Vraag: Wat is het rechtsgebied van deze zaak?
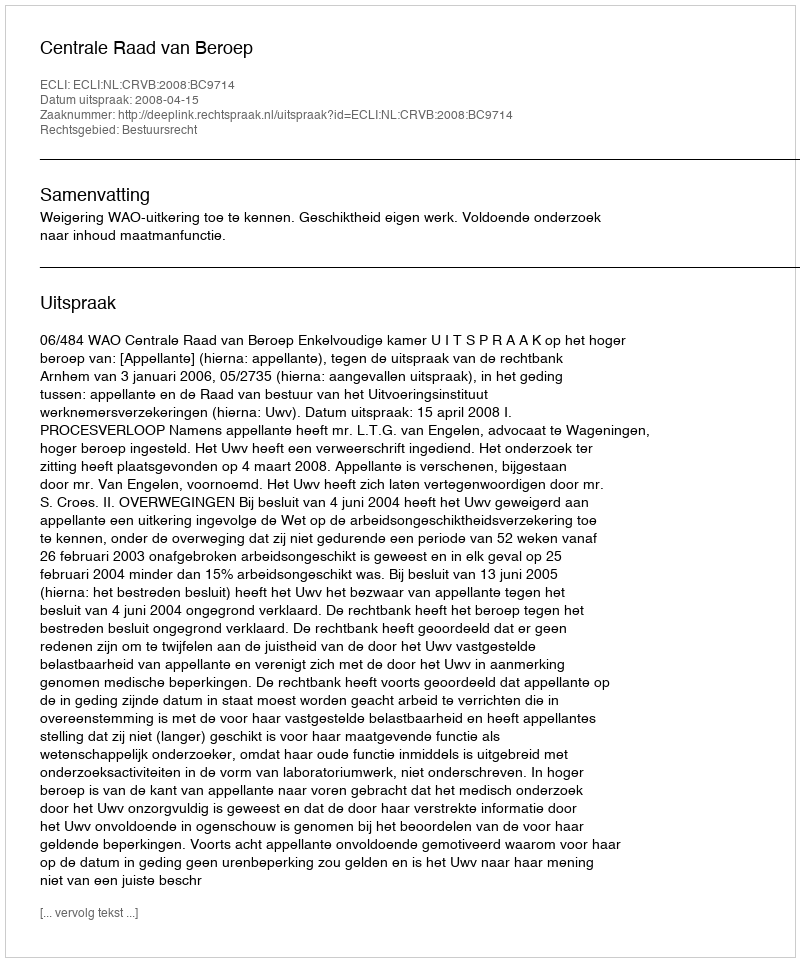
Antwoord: Bestuursrecht